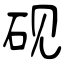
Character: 砚